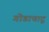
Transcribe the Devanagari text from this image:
गोडाचाटू